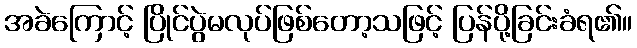
အခဲကြောင့် ပြိုင်ပွဲမလုပ်ဖြစ်တော့သဖြင့် ပြန်ပို့ခြင်းခံရ၏။